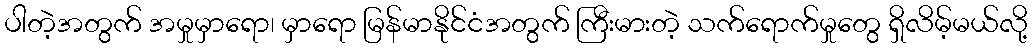
ပါတဲ့အတွက် အမှုမှာရော၊ မှာရော မြန်မာနိုင်ငံအတွက် ကြီးမားတဲ့ သက်ရောက်မှုတွေ ရှိလိမ့်မယ်လို့